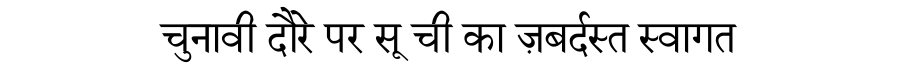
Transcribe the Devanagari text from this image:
चुनावी दौरे पर सू ची का ज़बर्दस्त स्वागत